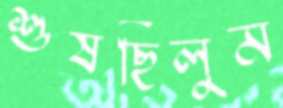
শুষছিলুম